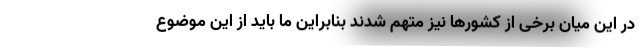
در این میان برخی از کشورها نیز متهم شدند بنابراین ما باید از این موضوع